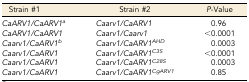
<table><thead><tr><td><b>Strain #1</b></td><td><b>Strain #2</b></td><td><b><i>P</i>-Value</b></td></tr></thead><tbody><tr><td><i>CaARV1/CaARV1</i><i><sup>a</sup></i></td><td><i>Caarv1/CaARV1</i></td><td>0.96</td></tr><tr><td><i>CaARV1/CaARV1</i></td><td><i>Caarv1/Caarv1</i></td><td>&lt;0.0001</td></tr><tr><td><i>Caarv1/CaARV1</i><i><sup>b</sup></i></td><td><i>Caarv1/CaARV1<sup>AHD</sup></i></td><td>0.0003</td></tr><tr><td><i>Caarv1/CaARV1</i></td><td><i>Caarv1/CaARV1<sup>C3S</sup></i></td><td>&lt;0.0001</td></tr><tr><td><i>Caarv1/CaARV1</i></td><td><i>Caarv1/CaARV1<sup>C28S</sup></i></td><td>0.0003</td></tr><tr><td><i>Caarv1/CaARV1</i></td><td><i>Caarv1/CaARV1<sup>CgARV1</sup></i></td><td>0.85</td></tr></tbody></table>